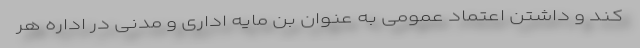
کند و داشتن اعتماد عمومی به عنوان بن مایه اداری و مدنی در اداره هر